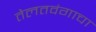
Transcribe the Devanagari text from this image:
तेलतवंगाचा